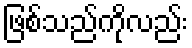
ဖြစ်သည်ကိုလည်း